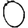
Digit: 0